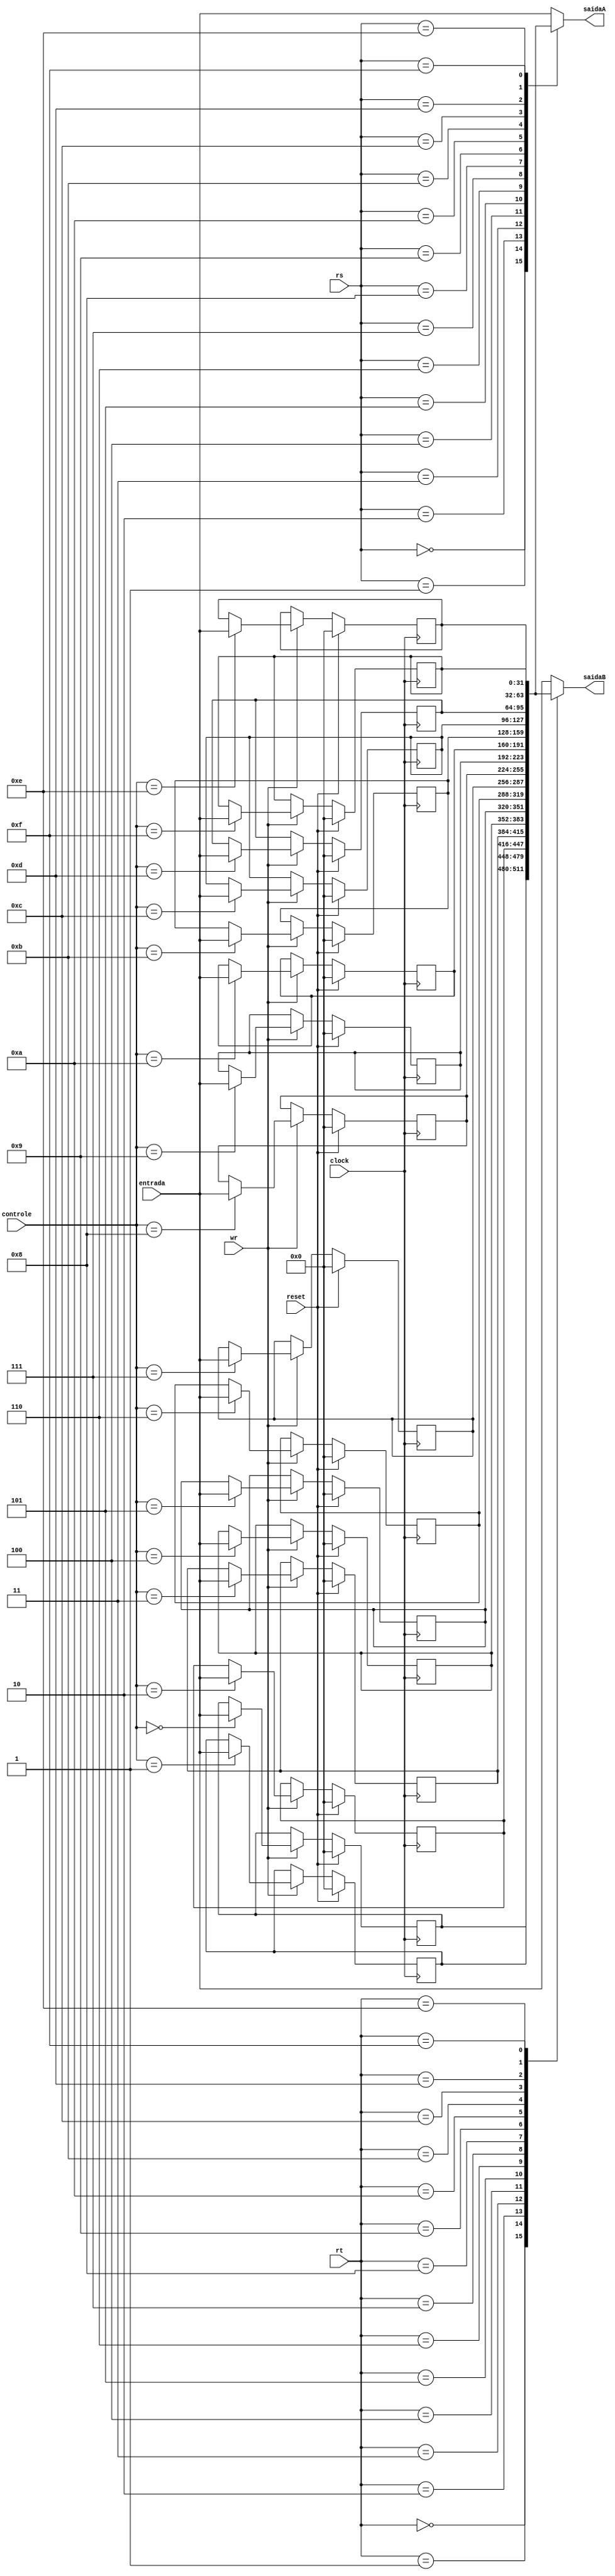
module registerfile(clock,reset, rs, rt, controle, entrada, saidaA, saidaB, wr);
	input reset,clock;
	input [4:0] controle;
	input [4:0] rs, rt;
	input [31:0] entrada;
	output reg [31:0] saidaA, saidaB;
	input wr;

	reg[31:0] s0, s1, s2, s3, s4, s5, s6, s7, t0, t1, t2, t3, t4, t5, t6, t7;

	always@(negedge clock) begin
		if(reset == 1) s0 <= 0;
		else if(wr == 1) begin
		if(controle == 0) s0 <= entrada;
		end
	end

	always@(negedge clock) begin
		if(reset == 1) s1 <= 0;
		else if(wr == 1) begin
			if(controle == 1) s1 <= entrada;
		end
	end

	always@(negedge clock) begin
		if(reset == 1) s2 <= 0;
		else if(wr == 1) begin
			if(controle == 2) s2 <= entrada;
		end
	end 

	always@(negedge clock) begin
		if(reset == 1) s3 <= 0;
		else if(wr == 1) begin
			if(controle == 3) s3 <= entrada;
		end
	end 

	always@(negedge clock) begin
		if(reset == 1) s4 <= 0;
		else if(wr == 1) begin
			if(controle == 4) s4 <= entrada;
		end	
	end 

	always@(negedge clock) begin
		if(reset == 1) s5 <= 0;
		else if(wr == 1) begin
			if(controle == 5) s5 <= entrada;
		end
	end 

	always@(negedge clock) begin
		if(reset == 1) s6 <= 0;
		else if(wr == 1) begin
			if(controle == 6) s6 <= entrada;
		end
	end 

	always@(negedge clock) begin
		if(reset == 1) s7 <= 0;
		else if(wr == 1) begin
			if(controle == 7) s7 <= entrada;
		end
	end 

	always@(negedge clock) begin
		if(reset == 1) t0 <= 0;
		else if(wr == 1) begin
			if(controle == 8) t0 <= entrada;
		end
	end 

	always@(negedge clock) begin
		if(reset == 1) t1 <= 0;
		else if(wr == 1) begin
			if(controle == 9) t1 <= entrada;
		end
	end 

	always@(negedge clock) begin
		if(reset == 1) t2 <= 0;
		else if(wr == 1) begin
			if(controle == 10) t2 <= entrada;
		end
	end 

	always@(negedge clock) begin
		if(reset == 1) t3 <= 0;
		else if(wr == 1) begin
			if(controle == 11) t3 <= entrada;
		end
	end 

	always@(negedge clock) begin
		if(reset == 1) t4 <= 0;
		else if(wr == 1) begin
			if(controle == 12) t4 <= entrada;
		end
	end 

	always@(negedge clock) begin
		if(reset == 1) t5 <= 0;
		else if(wr == 1) begin
			if(controle == 13) t5 <= entrada;
		end
	end 

	always@(negedge clock) begin
		if(reset == 1) t6 <= 0;
		else if(wr == 1) begin
			if(controle == 14) t6 <= entrada;
		end
	end 

	always@(negedge clock) begin
		if(reset == 1) t7 <= 0;
		else if(wr == 1) begin
			if(controle == 15) t7 <= entrada;
		end
	end  

	always@(*) begin
		case(rs)
			0: saidaA = s0;
			1: saidaA = s1;
			2: saidaA = s2;
			3: saidaA = s3;
			4: saidaA = s4;
			5: saidaA = s5;
			6: saidaA = s6;
			7: saidaA = s7;
			8: saidaA = t0;
			9: saidaA = t1;
			10: saidaA = t2;
			11: saidaA = t3;
			12: saidaA = t4;
			13: saidaA = t5;
			14: saidaA = t6;
			15: saidaA = t7;
			default:saidaA = entrada;
		endcase		
	end

	always@(*) begin
		case(rt)
			0: saidaB = s0;
			1: saidaB = s1;
			2: saidaB = s2;
			3: saidaB = s3;
			4: saidaB = s4;
			5: saidaB = s5;
			6: saidaB = s6;
			7: saidaB = s7;
			8: saidaB = t0;
			9: saidaB = t1;
			10: saidaB = t2;
			11: saidaB = t3;
			12: saidaB = t4;
			13: saidaB = t5;
			14: saidaB = t6;
			15: saidaB = t7;
			default:saidaB = entrada;
		endcase
	end

endmodule